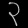
Digit: ၃